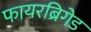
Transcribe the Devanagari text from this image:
फायरब्रिगेड